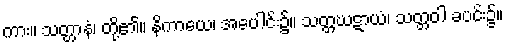
ကား။ သတ္တာနံ၊ တို့၏။ နိကာယေ၊ အပေါင်း၌။ သတ္တဃဋာယံ၊ သတ္တဝါ ခပင်း၌။